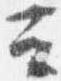
云